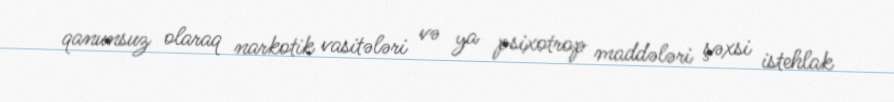
qanunsuz olaraq narkotik vasitələri və ya psixotrop maddələri şəxsi istehlak